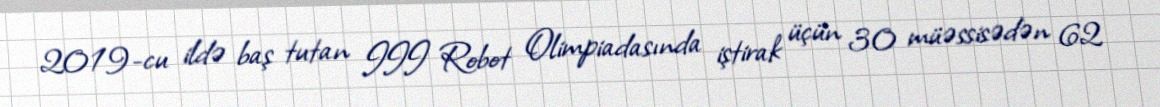
2019-cu ildə baş tutan III Robot Olimpiadasında iştirak üçün 30 müəssisədən 62